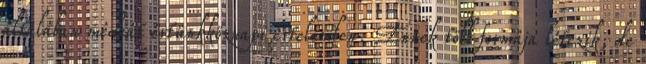
általában médiát értünkköznapi értelemben. Ennek több formája létezik, de